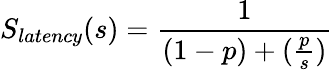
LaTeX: S_{latency}(s)=\frac{1}{(1-p)+(\frac{p}{s})}